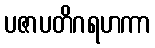
ပဇာပတိဂရဟကာ